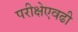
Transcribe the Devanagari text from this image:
परीक्षेएवढी